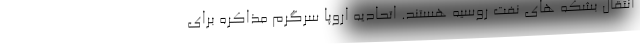
انتقال بشکه های نفت روسیه هستند. اتحادیه اروپا سرگرم مذاکره برای